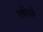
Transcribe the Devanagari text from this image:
स्त्रीरत्ने